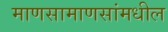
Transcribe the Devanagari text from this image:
माणसामाणसांमधील